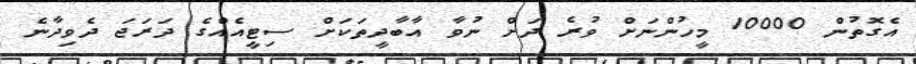
އެގޮތުން 10000 މީހުންނަށް ވުރެ ދަށް ނުވާ އާބާދީތަކަށް ސިޓީއެއްގެ ދަރަޖަ ދެވިދާނެ